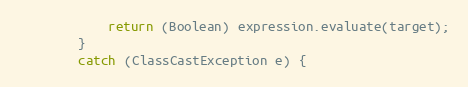
Language: Java
            return (Boolean) expression.evaluate(target);
        }
        catch (ClassCastException e) {